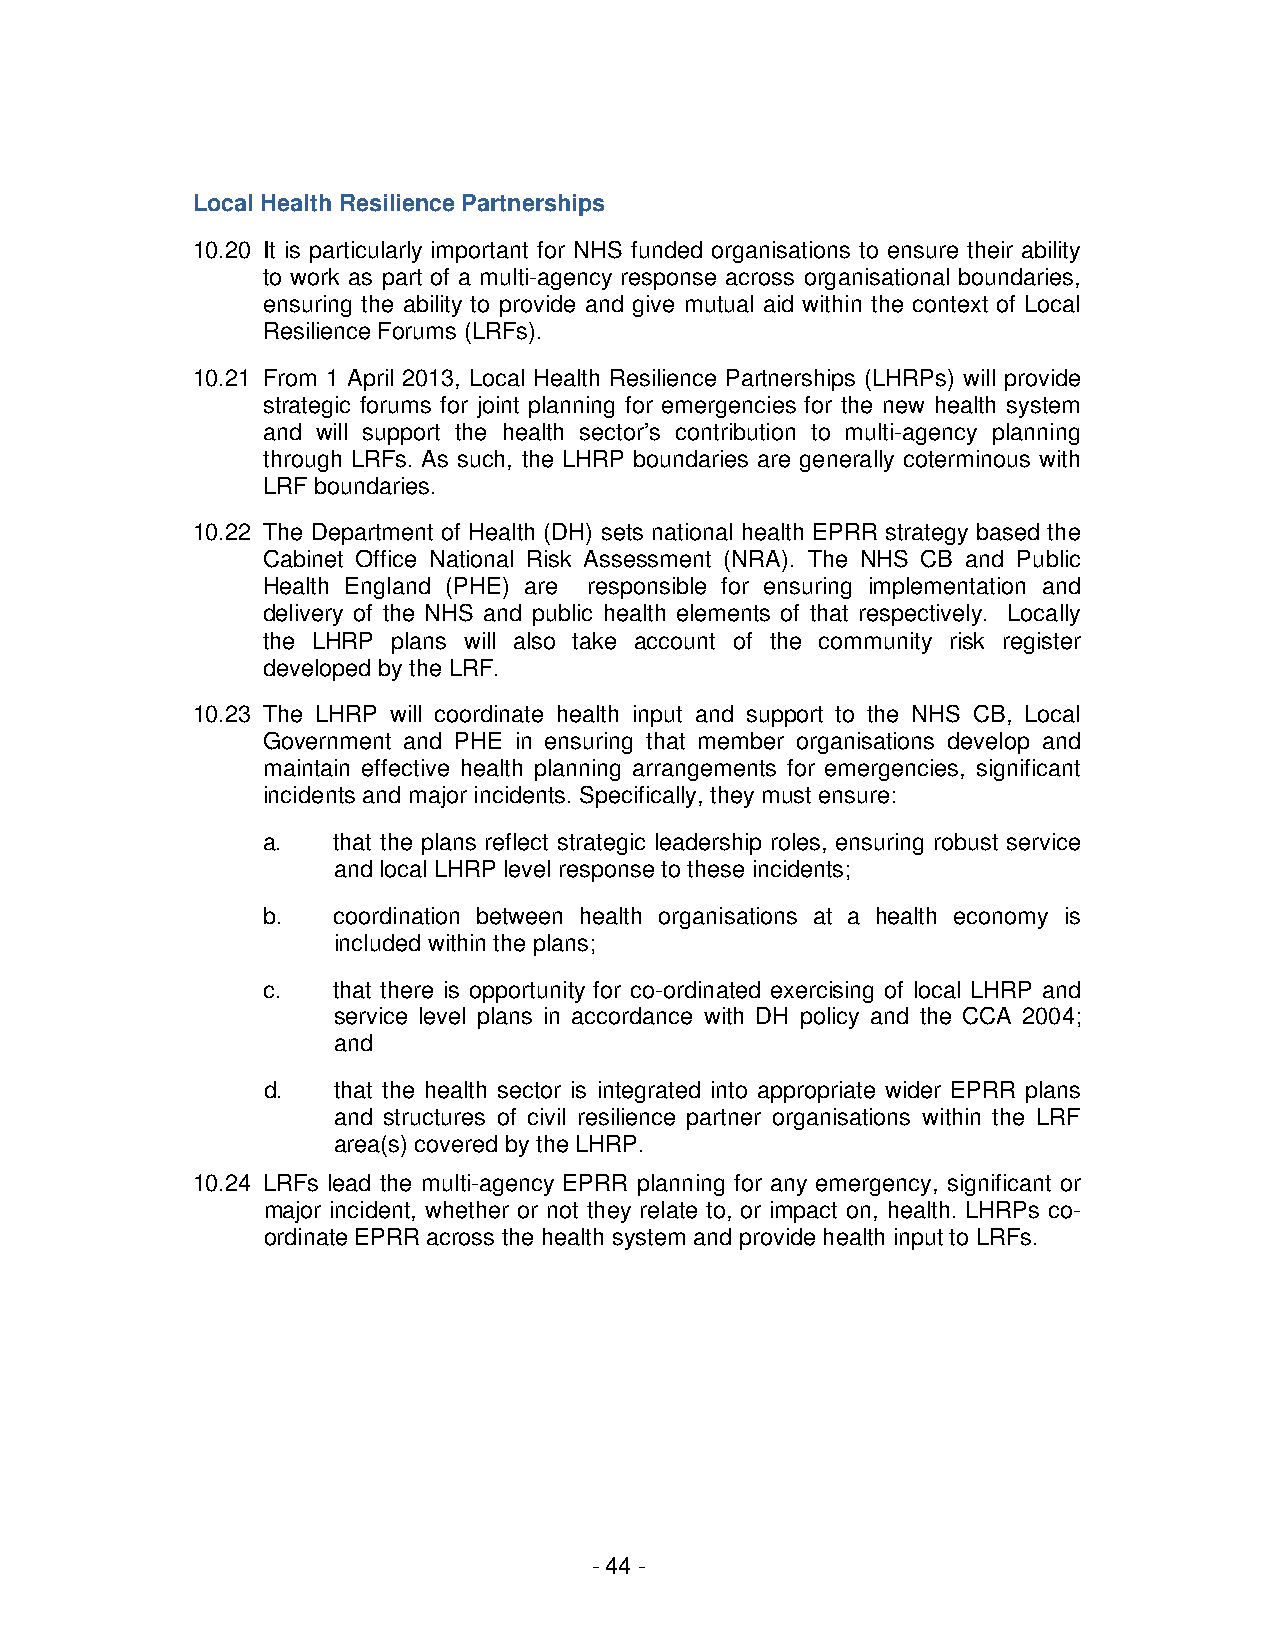
Local Health Resilience Partnerships
 10.20 It is particularly important for NHS funded organisations to ensure their ability
 to work as part of a multi-agency response across organisational boundaries,
 ensuring the ability to provide and give mutual aid within the context of Local
 Resilience Forums (LRFs).
 10.21 From 1 April 2013, Local Health Resilience Partnerships (LHRPs) will provide
 strategic forums for joint planning for emergencies for the new health system
 and will support the health sector’s contribution to multi-agency planning
 through LRFs. As such, the LHRP boundaries are generally coterminous with
 LRF boundaries.
 10.22 The Department of Health (DH) sets national health EPRR strategy based the
 Cabinet Office National Risk Assessment (NRA). The NHS CB and Public
 Health England (PHE) are responsible for ensuring implementation and
 delivery of the NHS and public health elements of that respectively. Locally
 the LHRP plans will also take account of the community risk register
 developed by the LRF.
 10.23 The LHRP will coordinate health input and support to the NHS CB, Local
 Government and PHE in ensuring that member organisations develop and
 maintain effective health planning arrangements for emergencies, significant
 incidents and major incidents. Specifically, they must ensure:
 a.   that the plans reflect strategic leadership roles, ensuring robust service
 and local LHRP level response to these incidents;
 b.   coordination between health organisations at a health economy is
 included within the plans;
 c.   that there is opportunity for co-ordinated exercising of local LHRP and
 service level plans in accordance with DH policy and the CCA 2004;
 and
 d.   that the health sector is integrated into appropriate wider EPRR plans
 and structures of civil resilience partner organisations within the LRF
 area(s) covered by the LHRP.
 10.24 LRFs lead the multi-agency EPRR planning for any emergency, significant or
 major incident, whether or not they relate to, or impact on, health. LHRPs co-
 ordinate EPRR across the health system and provide health input to LRFs.
 - 44 -